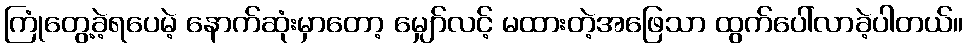
ကြုံတွေ့ခဲ့ရပေမဲ့ နောက်ဆုံးမှာတော့ မျှော်လင့် မထားတဲ့အဖြေသာ ထွက်ပေါ်လာခဲ့ပါတယ်။